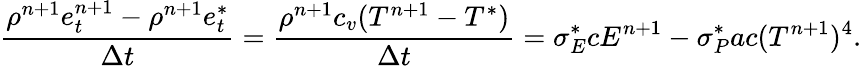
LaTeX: \frac{\rho^{n+1}e_{t}^{n+1}-\rho^{n+1}e_{t}^{*}}{\Delta t}=\frac{\rho^{n+1}c_{v}(T^{n+1}-T^{*})}{\Delta t}=\sigma_{E}^{*}cE^{n+1}-\sigma_{P}^{*}ac(T^{n+1})^{4}.